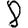
Digit: 8